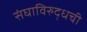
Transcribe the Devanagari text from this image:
संघाविरुद्धची